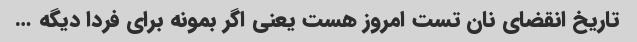
تاریخ انقضای نان تست امروز هست یعنی اگر بمونه برای فردا دیگه …